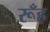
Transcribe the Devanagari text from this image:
रूँह